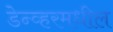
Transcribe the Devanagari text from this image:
डेन्व्हरमधील